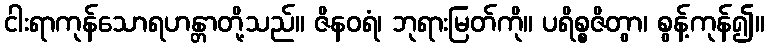
ငါးရာကုန်သောရဟန္တာတို့သည်။ ဇိနဝရံ၊ ဘုရားမြတ်ကို။ ပရိစ္စဇိတွာ၊ စွန့်ကုန်၍။